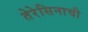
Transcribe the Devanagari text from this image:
तेरेसिनाची